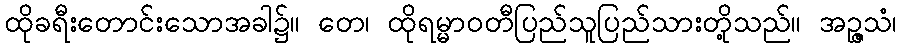
ထိုခရီးတောင်းသောအခါ၌။ တေ၊ ထိုရမ္မာဝတီပြည်သူပြည်သားတို့သည်။ အဉ္ဇသံ၊